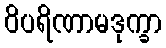
ဝိပရိဏာမဒုက္ခာ